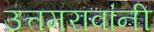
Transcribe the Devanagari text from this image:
उत्तमरावांनी